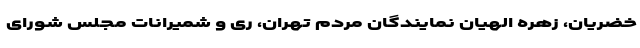
خضریان، زهره الهیان نمایندگان مردم تهران، ری و شمیرانات مجلس شورای